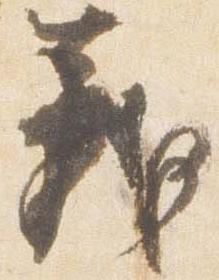
義